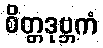
စိတ္တဒုဗ္ဘကံ